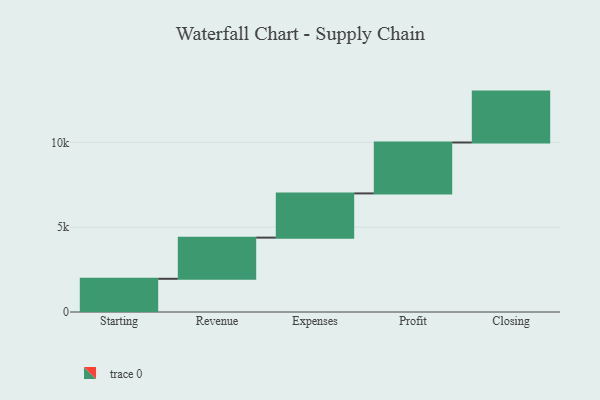
{"axis": {"x": "Step", "y": "Value"}, "legend": [""], "data": [{"x": "Starting", "y": 1957.0, "type": ""}, {"x": "Revenue", "y": 2426.0, "type": ""}, {"x": "Expenses", "y": 2606.0, "type": ""}, {"x": "Profit", "y": 3000, "type": ""}, {"x": "Closing", "y": 3000, "type": ""}]}